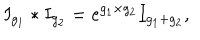
I _ { g _ { 1 } } \ast I _ { g _ { 2 } } = e ^ { g _ { 1 } \times g _ { 2 } } I _ { g _ { 1 } + g _ { 2 } } ,